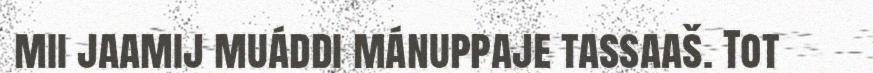
mii jaamij muáddi mánuppaje tassaaš. Tot